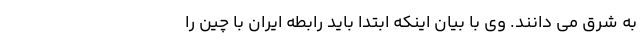
به شرق می دانند. وی با بیان اینکه ابتدا باید رابطه ایران با چین را